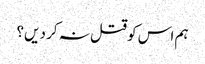
ہم اس کو قتل نہ کر دیں؟